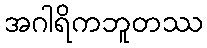
အဂါရိကဘူတဿ